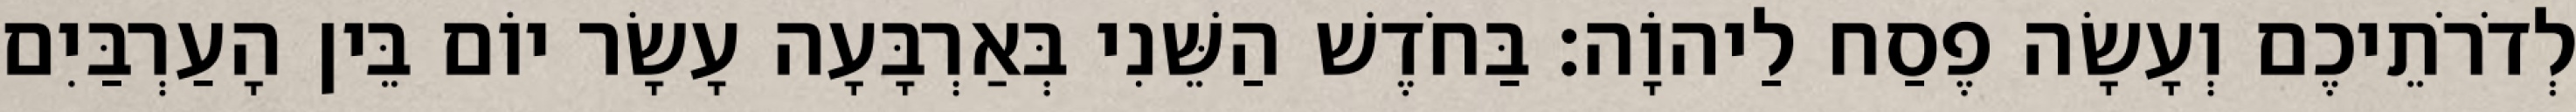
לְדֹרֹתֵיכֶם וְעָשָׂה פֶסַח לַיהוָֹה׃ בַּחֹדֶשׁ הַשֵּׁנִי בְּאַרְבָּעָה עָשָׂר יוֹם בֵּין הָעַרְבַּיִם